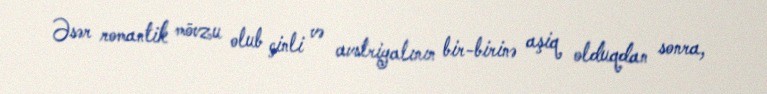
Əsər romantik mövzu olub çinli və avstriyalının bir-birinə aşiq olduqdan sonra,